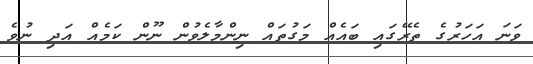
ވަނަ އަހަރުގެ ތެރޭގައި ބައެއް މަގުތައް ނިންމާާލެވުން ނޫން ކަމެއް އަދި ނުވެ